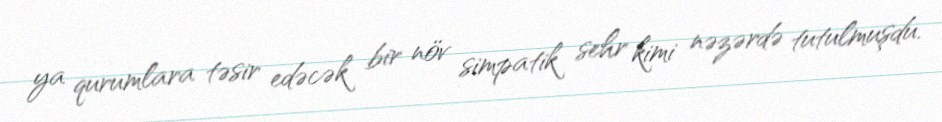
ya qurumlara təsir edəcək bir növ simpatik sehr kimi nəzərdə tutulmuşdu.